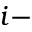
i -